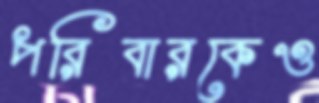
পরিবারকেও